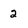
Character: 2